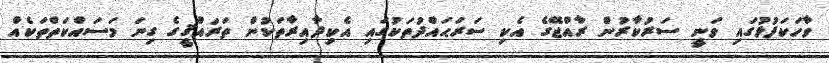
ވާހަކަފުޅުގައި ވަނީ ސަރުކާރުން ރާއްޖޭގެ އެކި ސަރަޙައްދުތަކުގައި އެކިދާއިރާތަކުން ތަރައްޤީގެ ގިނަ މަސައްކަތްތަކެއް